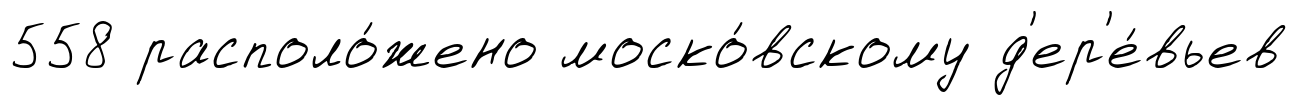
558 располо́жено моско́вскому д'ер'е́вьев